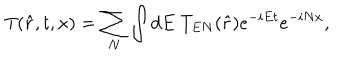
T ( \hat { r } , t , x ) = \sum _ { N } \int d E \; T _ { E N } ( \hat { r } ) e ^ { - i E t } e ^ { - i N x } ,